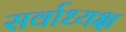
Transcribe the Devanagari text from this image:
सर्वाध्यक्ष